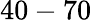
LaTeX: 40-70